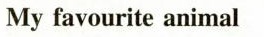
My favourite animal